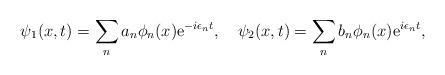
LaTeX: \begin{align*}\psi_1(x,t)=\sum_{n} a_n \phi_n(x){\rm e}^{-i\epsilon_n t}, \quad \psi_2(x,t)=\sum_{n} b_n \phi_n(x) {\rm e}^{i\epsilon_n t},\end{align*}